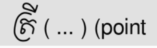
ត្រី ( ... ) (point